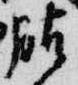
服